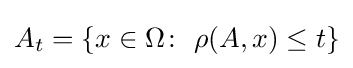
A_{t}=\{x\in \Omega \colon ~\rho (A,x)\leq t\}